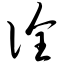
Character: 诠